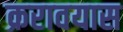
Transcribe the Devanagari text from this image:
क्ररावयास